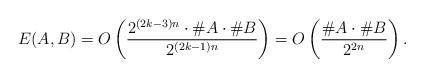
LaTeX: \begin{align*}E(A,B) = O\left(\frac{2^{(2k-3)n} \cdot \# A \cdot \# B }{2^{(2k-1)n}}\right) = O\left(\frac{ \#A \cdot \# B }{2^{2 n}}\right).\end{align*}